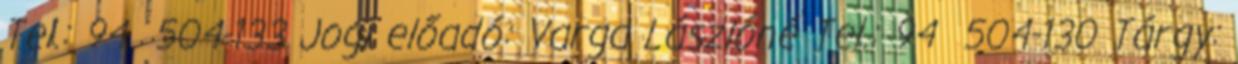
Tel.: 94 504-133 Jogi előadó: Varga Lászlóné Tel.: 94 504-130 Tárgy: